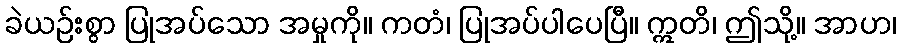
ခဲယဉ်းစွာ ပြုအပ်သော အမှုကို။ ကတံ၊ ပြုအပ်ပါပေပြီ။ ဣတိ၊ ဤသို့။ အာဟ၊